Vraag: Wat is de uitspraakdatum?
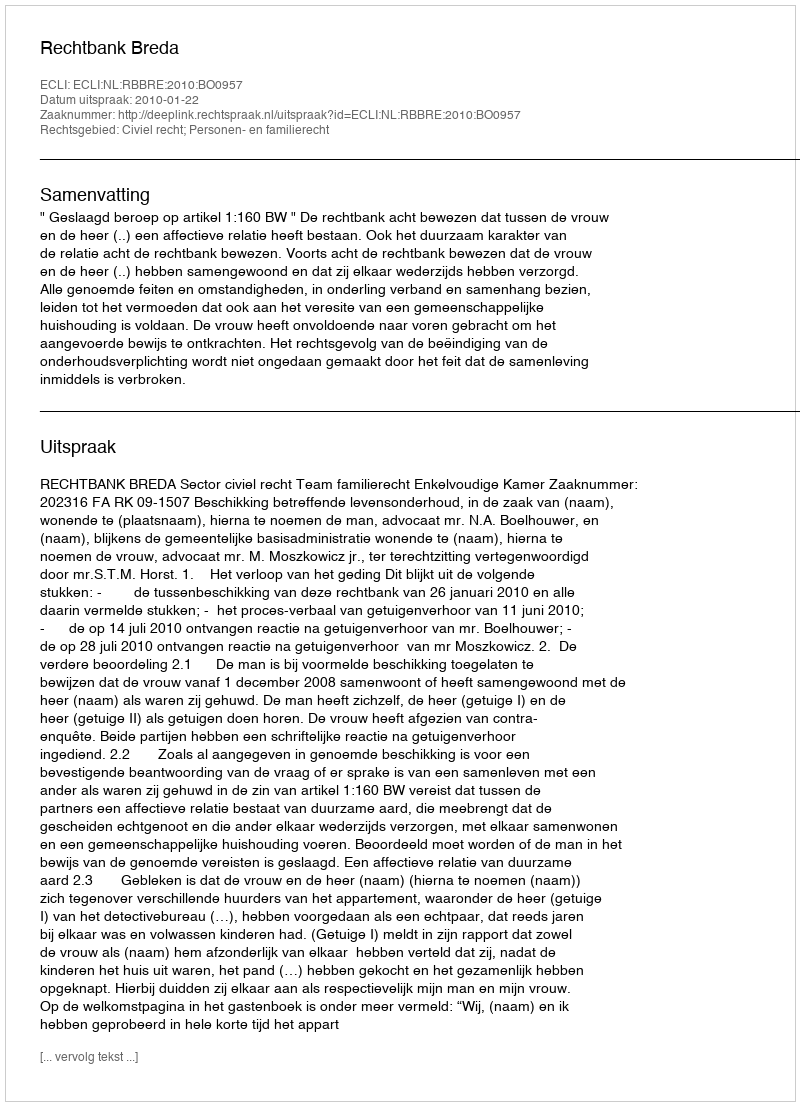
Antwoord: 2010-01-22